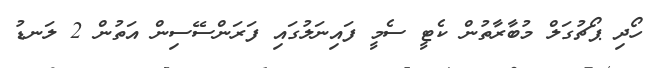
ހޯދި ޕޯޗުގަލް މުބާރާތުން ކެޓީ ސެމީ ފައިނަލުގައި ފަރަންސޭސިން އަތުން 2 ލަނޑު